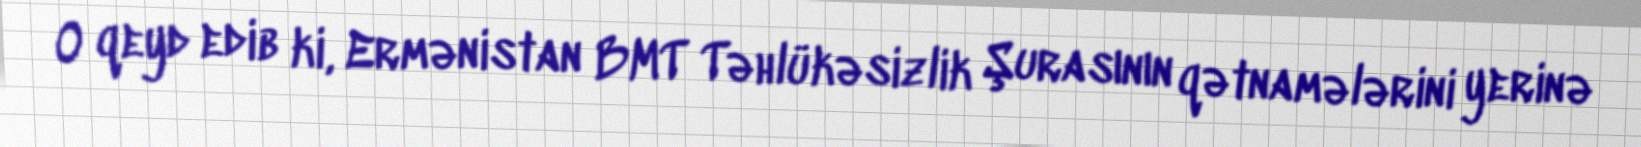
O qeyd edib ki, Ermənistan BMT Təhlükəsizlik Şurasının qətnamələrini yerinə